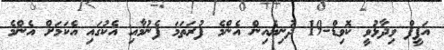
އަފީފް ވިދާޅުވީ ކޮވިޑް-19 ދުނިޔެއިން އެންމެ ފުރަތަމަ ފެނުމާއި އެކުގައި އެކަމަށް އެންމެ